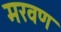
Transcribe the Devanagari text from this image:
मरवण